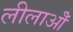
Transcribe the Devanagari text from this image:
लीलाओँ